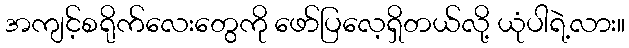
အကျင့်စရိုက်လေးတွေကို ဖော်ပြလေ့ရှိတယ်လို့ ယုံပါရဲ့လား။